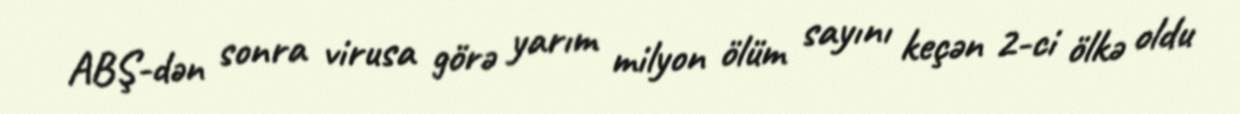
ABŞ-dən sonra virusa görə yarım milyon ölüm sayını keçən 2-ci ölkə oldu